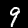
Digit: 9